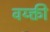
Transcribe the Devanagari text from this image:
वय्क्ती